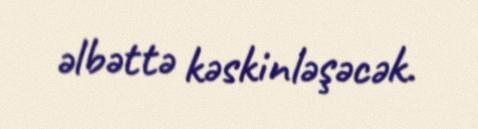
əlbəttə kəskinləşəcək.